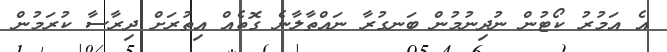
އެ އަމުރު ކޯޓުން ނުދިނުމުން ބަނގުރާ ނައްތާލާނެ ގޮތެއް އިތުރަށް ދިރާސާ ކުރަމުން